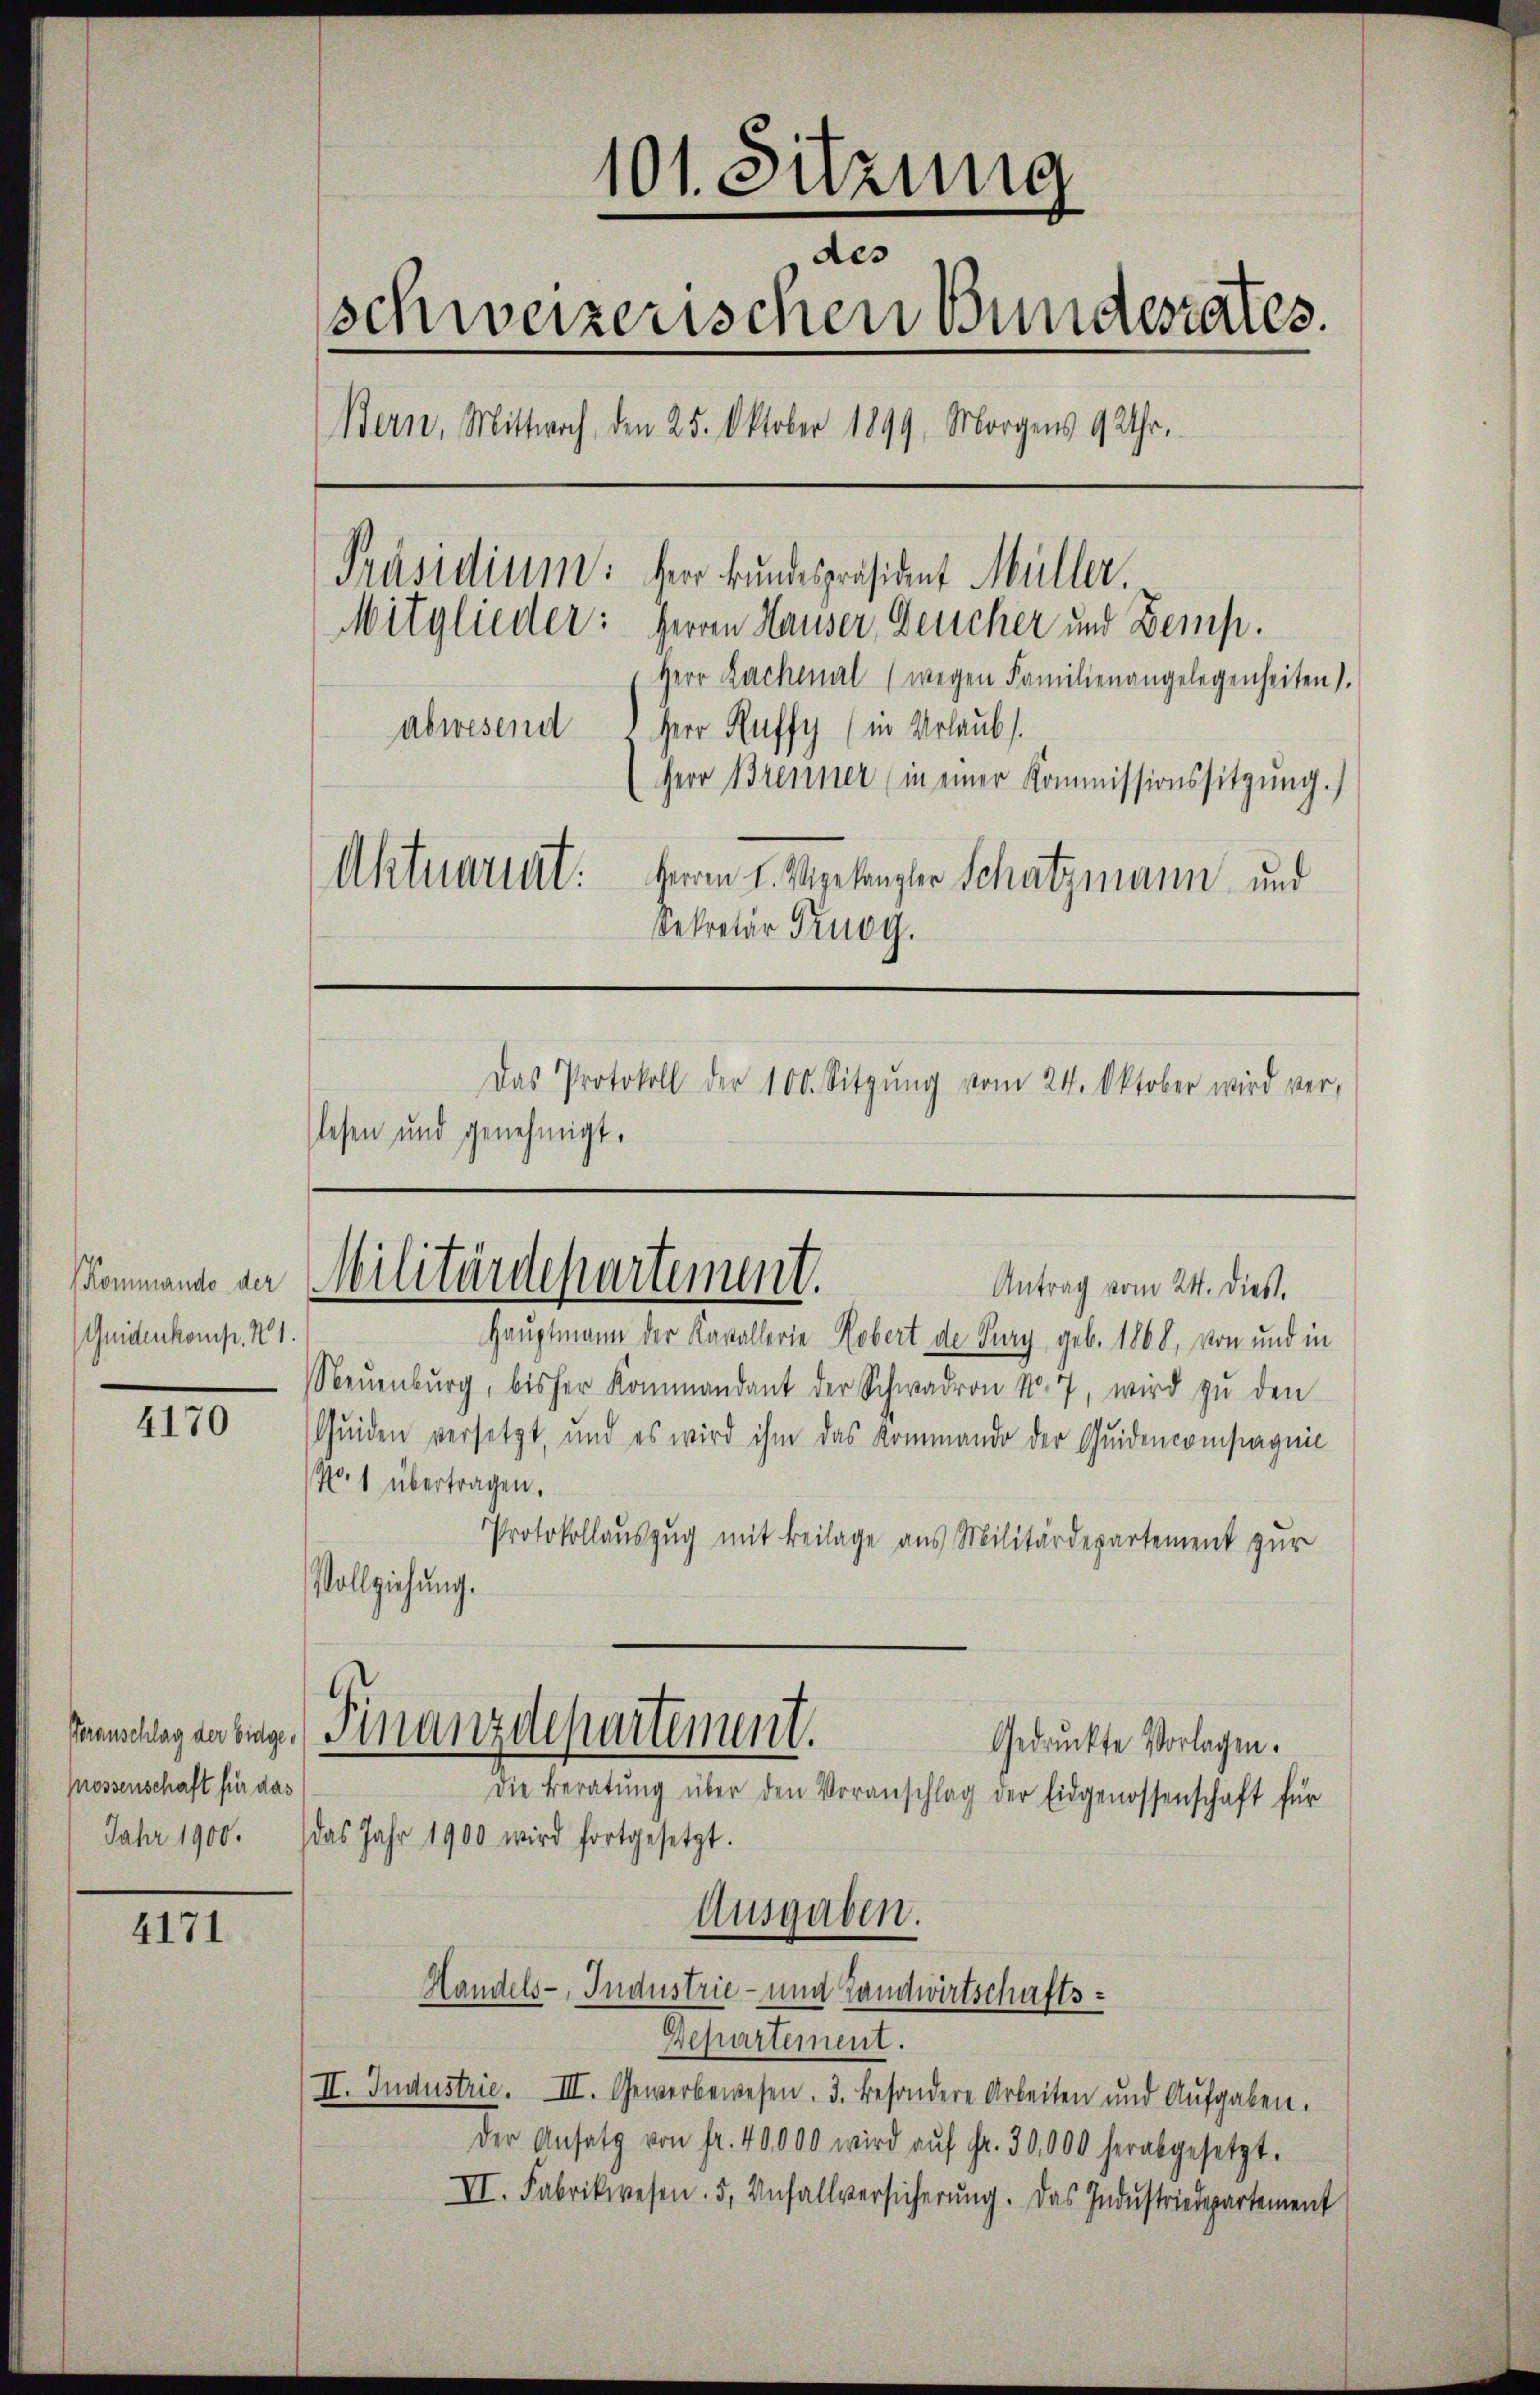
Kommando der
Quidenkomp. 21.

4170

possenschaft für das

4171

101. Sitzung
des
schweizerischen Bundesrates.
Bern, Mittwoch, den 25. Oktober 1899. Morgens 9 Uhr,
Präsidium: Herr Bundespräsident Müller.
Mitglieder: Herren Hauser, Deucher und Zemp.
Herr Rachenal (wegen Familienangelegenheiten).
abwesend
Herr Ruffy (in Urlaubs.
Herr Brenner (in einer Kommissionssitzung.)
Aktuariat.
Herren L. Vigelangler Schatzmann und
Sekretär Prugg.
Das Protokoll der 100. Sitzŭng vom 24. Oktober wird ver-
lesen und genehmigt.

Militärdepartement.
Antrag vom 24. dieß.

Hauptmann der Kavallerie Kobert de Pury, geb. 1868, von und in
Neŭenbŭrg, bisher Kommandant der Schwadron No. 7, wird zŭ den
Quiden versetzt, und es wird ihm das Kommando der Quidencompagnie
No. 1 übertragen.
Protokollauszug mit Beilage aus Militärdepartement zur
Vollziehung.
Gedruckte Vorlagen.
Die Beratŭng über den Voranschlag der Eidgenossenschaft für
Jahr 1900. das Jahr 1900 wird fortgesetzt.
Ausgaben.
Handels-Industrie - und Landwirtschafts¬
Departement.
II. Industrie. III. Gewerbewesen. 3. besondere Arbeiten und Aufgaben.
der Ansatz von fr. 40,000 wird aŭf Fr. 30,000 herabgesetzt.
VI. Fabrikwesen. 5, Anfallversicherŭng. Das Industriedepartement

Kammlung an eige Finanzdepartement.